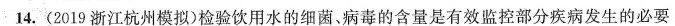
14.(2019浙江杭州模拟)检验饮用水的细菌。病毒的含量是有效监控部分疾病发生的必要